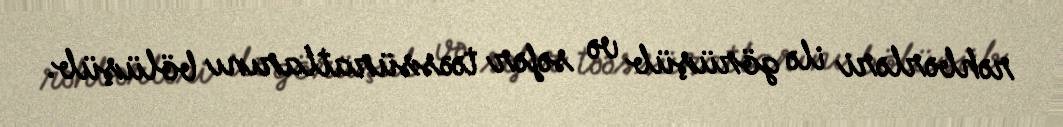
rəhbərləri ilə görüşüb və səfər təəssüratlarını bölüşüb.